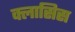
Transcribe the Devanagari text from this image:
क्लासिस